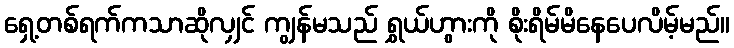
ရှေ့တစ်ရက်ကသာဆိုလျှင် ကျွန်မသည် ရွှယ်ဟွားကို စိုးရိမ်မိနေပေလိမ့်မည်။